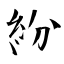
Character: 紛